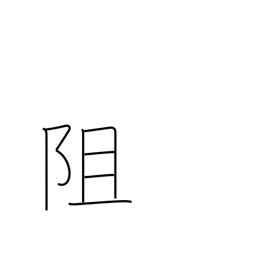
Meaning: separate from